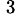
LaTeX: ^{\, 3}